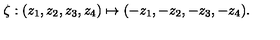
\zeta : ( z _ { 1 } , z _ { 2 } , z _ { 3 } , z _ { 4 } ) \mapsto ( - z _ { 1 } , - z _ { 2 } , - z _ { 3 } , - z _ { 4 } ) .